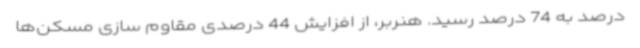
درصد به 74 درصد رسید. هنربر، از افزایش 44 درصدی مقاوم سازی مسکن‌ها